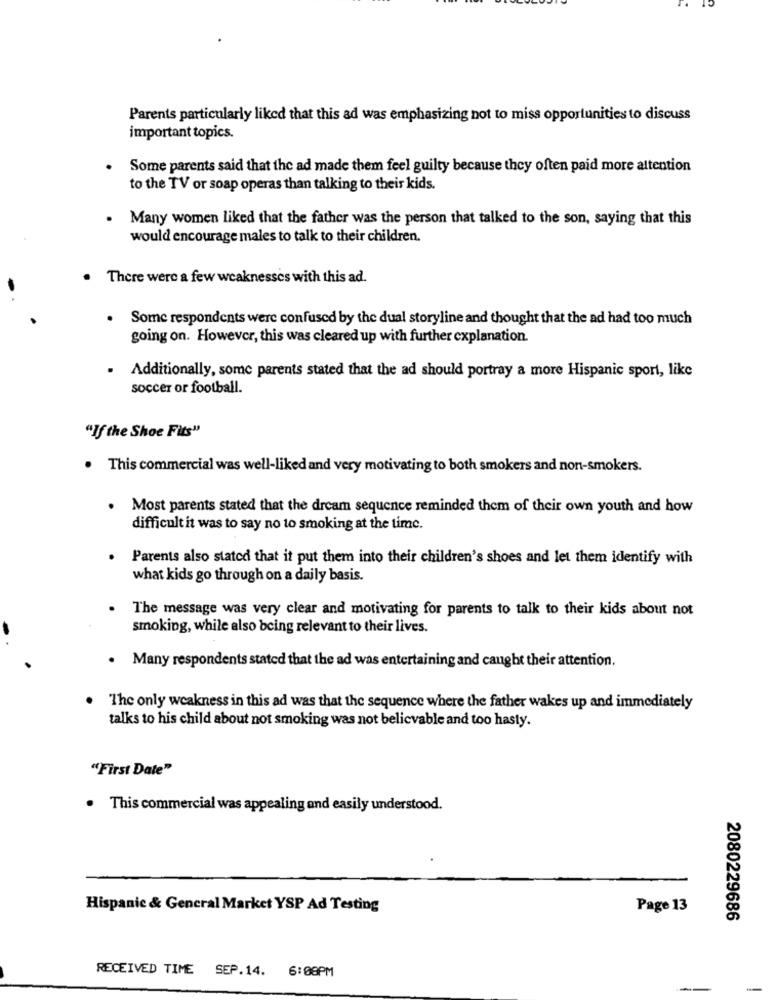
Parents particularly liked that this ad was emphasizing not to miss opportunities to discuss
important topics.
. Some parents said that the ad made them feel guilty because they often paid more attention
to the TV or soap operas than talking to their kids.
. Many women liked that the father was the person that talked to the son, saying that this
would encourage males to talk to their children.
There were a few weaknesses with this ad.
.
Some respondents were confused by the dual storyline and thought that the ad had too much
going on. However, this was cleared up with further explanation.
Additionally, some parents stated that the ad should portray a more Hispanic sport, like
soccer or football.
"If the Shoe Fits"
. This commercial was well-liked and very motivating to both smokers and non-smokers.
Most parents stated that the dream sequence reminded them of their own youth and how
difficult it was to say no to smoking at the time.
Parents also stated that it put them into their children's shoes and let them identify with
what kids go through on a daily basis.
.
The message was very clear and motivating for parents to talk to their kids about not
smoking, while also being relevant to their lives.
.
Many respondents stated that the ad was entertaining and caught their attention.
The only weakness in this ad was that the sequence where the father wakes up and immediately
talks to his child about not smoking was not belicvable and too hasty.
"First Date"
. This commercial was appealing and easily understood.
Hispanic & General Market YSP Ad Testing
Page 13
2080229686
RECEIVED TIME SEP.14. 6:08PM
--
-